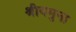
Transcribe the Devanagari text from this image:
श्रीयमुना